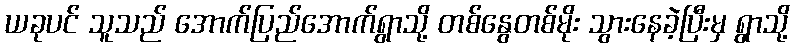
ယခုပင် သူသည် အောက်ပြည်အောက်ရွာသို့ တစ်နွေတစ်မိုး သွားနေခဲ့ပြီးမှ ရွာသို့